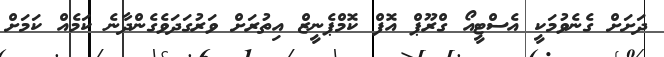
ދަށަށް ގެނެވުމަކީ އެސްޓީއޯ ގްރޫޕް އޮފް ކޮމްޕެނީޒް އިތުރަށް ވަރުގަދަވެގެންދާނެ ކަމެއް ކަމަށް